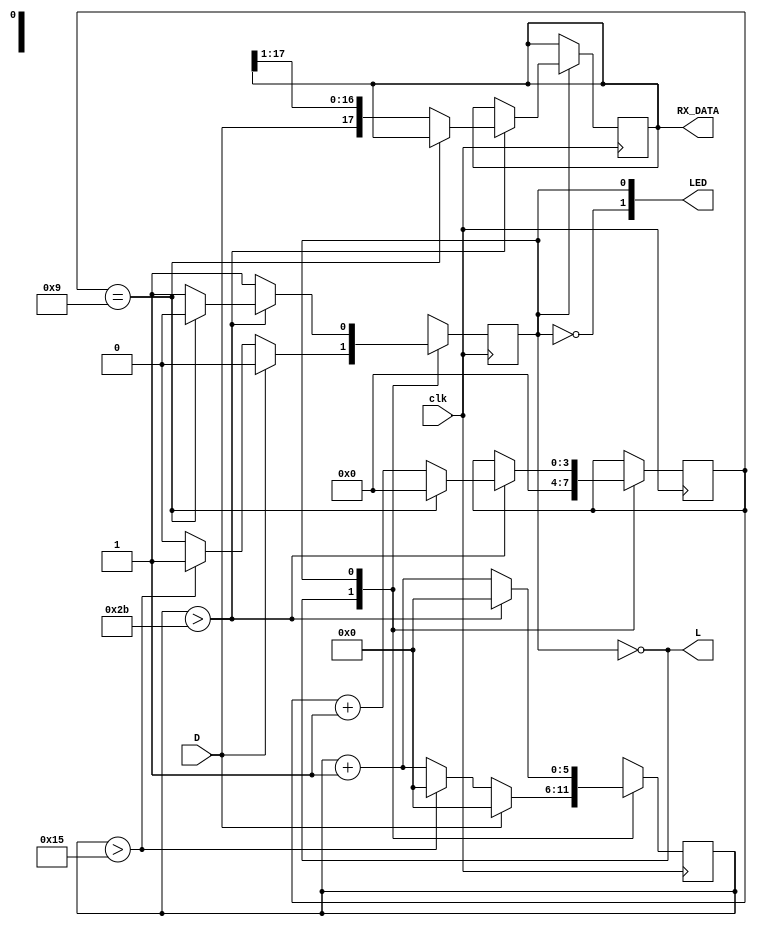
/********************************************************
Auther       :-  velidi pradeep kumar 
date         :-  03/10/2021 
organization :-  IIITDM KANCHIPURAM
description  :-  This is the reciever code for UART communication 
**********************************************************/

  module RX #(parameter BAUT_RATE = 115200) (input D,clk,
                                             output reg [17:0] RX_DATA,
				                                 output L ,
				                                 output [1:0] LED);
				
				
				parameter RESET = 1'b0;
				parameter DATA  = 1'b1;
				parameter integer Delay = (5000000/BAUT_RATE); // (Delay*2) is the time in which we will wait, to read next 
				parameter  Bits  = $clog2(Delay);                                                       //                        data after a read operation. 
				
				reg [3:0] cnt;
				reg [Bits-1:0] timer;
				reg state;
				
				assign L = ~state;
				assign LED = {!state,state};
				
////////////// state meachine ///////////////////

          always@(posedge clk)
			 begin 
			 
			 case(state) 
			 
			 RESET   : begin 
			           cnt <= 4'b0;
			           if(D) begin state <= RESET; timer <= 'b0;end
						  else if(timer > Delay/2) begin state <= DATA; timer <= 'b0;end
						  else begin state <= RESET; timer <= timer + 1'b1;end
						  end
			 
			 DATA    : begin 
			           if(timer > Delay) 
						  begin 
						  if(cnt == 4'b1001) begin  state <= RESET; cnt <= 4'b0; timer <= 'b0; end
						  else begin RX_DATA <= {D,RX_DATA[17:1]}; state <= DATA; cnt <= cnt + 1'b1; timer <= 'b0; end
						  end
						  else begin state <= DATA; timer <= timer + 1'b1;end
						  end 
			 
			 endcase 
			 
			 end
			 
			 
endmodule